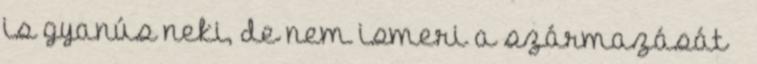
is gyanús neki, de nem ismeri a származását –